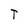
Character: T